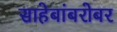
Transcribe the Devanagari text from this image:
साहेबांबरोबर